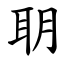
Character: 䎳